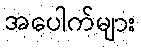
အပေါက်များ